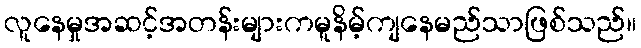
လူနေမှုအဆင့်အတန်းများကမူနိမ့်ကျနေမည်သာဖြစ်သည်။